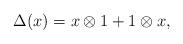
LaTeX: \begin{align*} \Delta(x)=x \otimes 1 + 1 \otimes x,\end{align*}